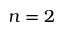
n = 2